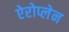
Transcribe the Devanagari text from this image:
ऐरोप्लेन